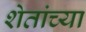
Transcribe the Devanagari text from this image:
शेतांच्या